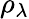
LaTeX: \rho_{\lambda}